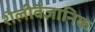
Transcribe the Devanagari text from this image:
शैलीवैज्ञानिक